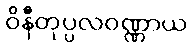
ဝိနီတုပ္ပလဝဏ္ဏာယ